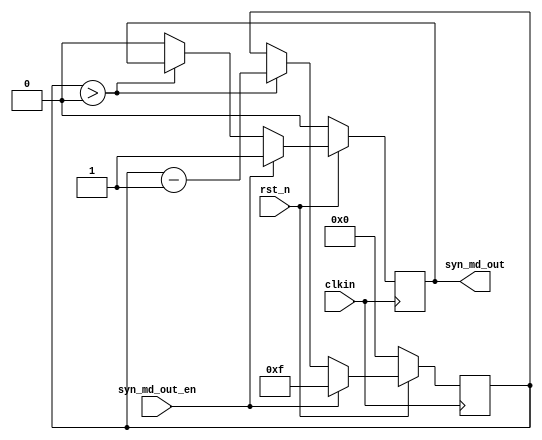
///////////////////////////////////////////////////////////////////////////////////////////////////
// Company: <Name>
//
// File history:
//      <Revision number>: <Date>: <Comments>
//      <Revision number>: <Date>: <Comments>
//      <Revision number>: <Date>: <Comments>
//
// Description: 
//
// <Description here>
//
// Targeted device: <Family::ProASIC3> <Die::A3P1000> <Package::208 PQFP>
//
/////////////////////////////////////////////////////////////////////////////////////////////////// 

//`timescale <time_units> / <precision>

module syn_md( clkin, syn_md_out_en, rst_n, syn_md_out );

input clkin;
input syn_md_out_en;
input rst_n;

output reg syn_md_out;

reg [3:0] count;

always @(posedge clkin)
begin
	if (!rst_n)
	begin
		syn_md_out <= 1'b0;
		count <= 1'b0;
	end
	else
		if (syn_md_out_en)
		begin
			count <= 4'b1111;
			syn_md_out <= 1'b1;
		end
		else
			if (count > 4'b0000)
				count <= count - 1'b1;
			else
				syn_md_out <= 1'b0;
end

//<statements>

endmodule